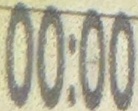
00:00